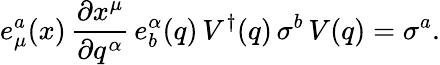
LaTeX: e_{\mu}^{a}(x)\, \frac{\partial x^{\mu}}{\partial q^{\alpha}}\, e_{b}^{\alpha}(q)\, V^{\dagger}(q)\, \sigma^{b}\, V(q)=\sigma^{a}.